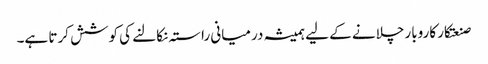
صنعتکار کاروبار چلانے کے لیے ہمیشہ درمیانی راستہ نکالنے کی کوشش کرتا ہے۔